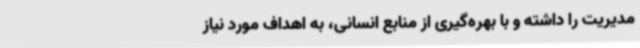
مدیریت را داشته و با بهره‌گیری از منابع انسانی، به اهداف مورد نیاز